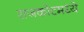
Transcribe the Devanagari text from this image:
राजकोटमध्ये